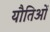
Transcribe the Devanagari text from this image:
यौतिओं